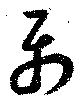
属